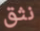
نثق